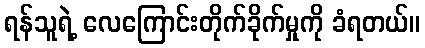
ရန်သူရဲ့ လေကြောင်းတိုက်ခိုက်မှုကို ခံရတယ်။